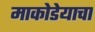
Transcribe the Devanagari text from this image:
माकोडेयाचा